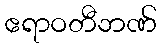
ဧရာဝတီဘဏ်